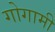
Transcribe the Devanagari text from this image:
गोगामी